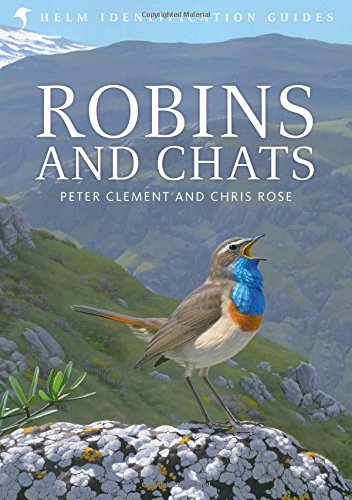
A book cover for Robins and Chats (Helm Identification Guides); Peter Clement; Sports & Outdoors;